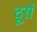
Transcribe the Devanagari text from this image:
दूरों